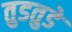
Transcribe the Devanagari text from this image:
तुडतुडे